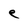
Character: e